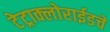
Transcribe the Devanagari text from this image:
टेट्राक्लोराईडचे